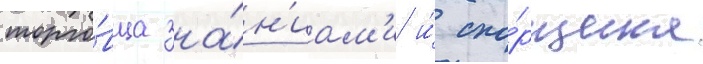
торго́вца зна́н'иам'и и́ спо́рщика